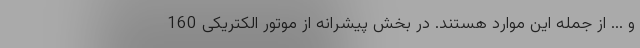
و ... از جمله این موارد هستند. در بخش پیشرانه از موتور الکتریکی 160